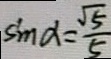
\sin \alpha = \frac { \sqrt { 5 } } { 5 }